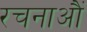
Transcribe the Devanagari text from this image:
रचनाऔं